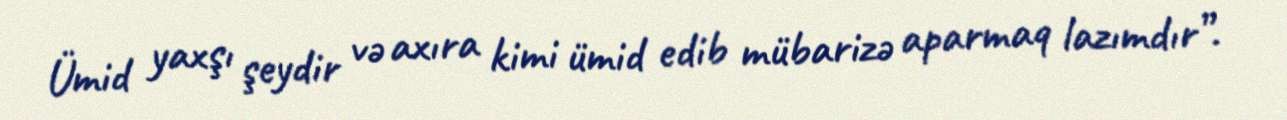
Ümid yaxşı şeydir və axıra kimi ümid edib mübarizə aparmaq lazımdır”.